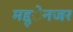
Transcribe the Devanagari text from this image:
मद्द्ेनजर